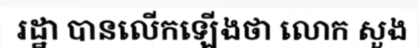
រដ្ឋា បានលើកឡើងថា លោក សួង